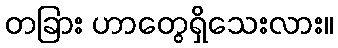
တခြား ဟာတွေရှိသေးလား။